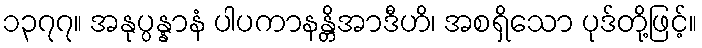
၁၃၇၇။ အနုပ္ပန္နာနံ ပါပကာနန္တိအာဒီဟိ၊ အစရှိသော ပုဒ်တို့ဖြင့်။